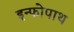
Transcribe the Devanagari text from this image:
इन्फोपाथ